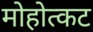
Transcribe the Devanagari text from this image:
मोहोत्कट